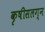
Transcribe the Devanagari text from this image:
कृषीसलग्न